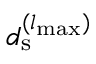
d _ { \mathrm { s } } ^ { ( { l _ { { \mathrm { m a x } } } } ) }